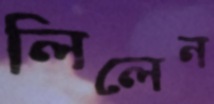
লিলেন